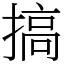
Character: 搞